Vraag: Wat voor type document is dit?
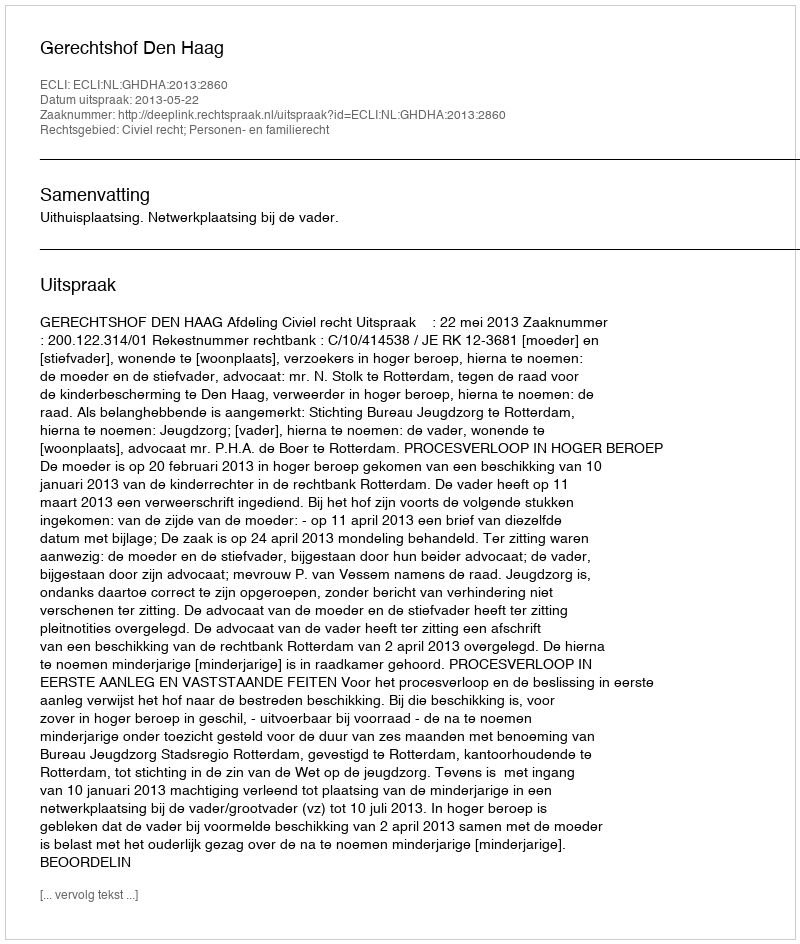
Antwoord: Uitspraak